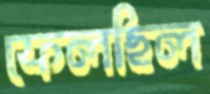
ফেলছিল